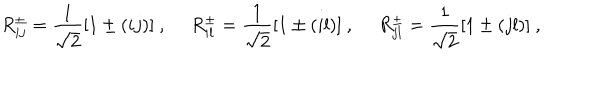
LaTeX: R _ { i j } ^ { \pm } = \frac { 1 } { \sqrt { 2 } } [ 1 \pm ( i j ) ] ~ , ~ ~ R _ { i l } ^ { \pm } = \frac { 1 } { \sqrt { 2 } } [ 1 \pm ( i l ) ] ~ , ~ ~ R _ { j l } ^ { \pm } = \frac { 1 } { \sqrt { 2 } } [ 1 \pm ( j l ) ] ~ ,